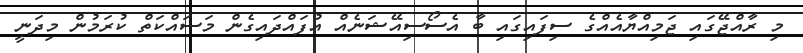
މި ރާއްޖޭގައި ޖަމިއްޔާއެއްގެ ސިފައިގައި ބާ އެސޯސިއޭޝަނެއް އުފައްދައިގެން މަަސައްކަތް ކުރަމުން މިދަނީ